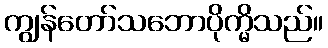
ကျွန်တော်သဘောပိုက္မိသည်။